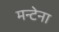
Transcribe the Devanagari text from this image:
मन्टेना